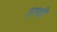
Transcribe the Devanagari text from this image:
ताची